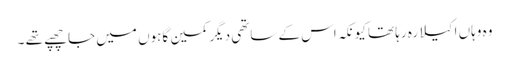
وہ وہاں اکیلا رہ رہا تھا کیونکہ اس کے ساتھی دیگر کمین گاہوں میں جا چھپے تھے ۔